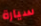
سيارة